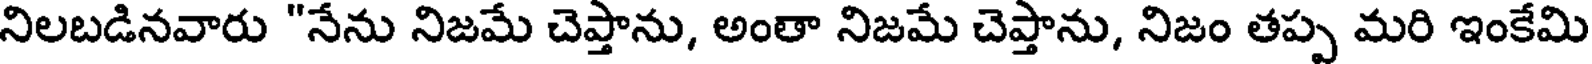
నిలబడినవారు "నేను నిజమే చెప్తాను, అంతా నిజమే చెప్తాను, నిజం తప్ప మరి ఇంకేమి